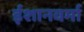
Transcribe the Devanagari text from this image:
ईशानवर्मा